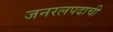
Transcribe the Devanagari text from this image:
जनरलपदाची